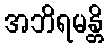
အဘိရမန္တိ